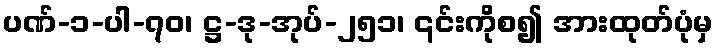
ပဏ်-၁-ပါ-၇၀၊ ဋ္ဌ-ဒု-အုပ်-၂၅၁၊ ၎င်းကိုစ၍ အားထုတ်ပုံမှ